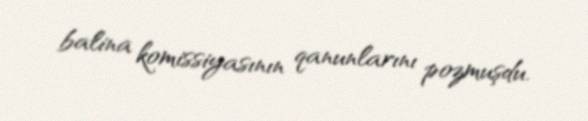
balina komissiyasının qanunlarını pozmuşdu.